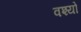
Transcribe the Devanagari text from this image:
वश्यो